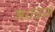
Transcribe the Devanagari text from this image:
मथळ्या